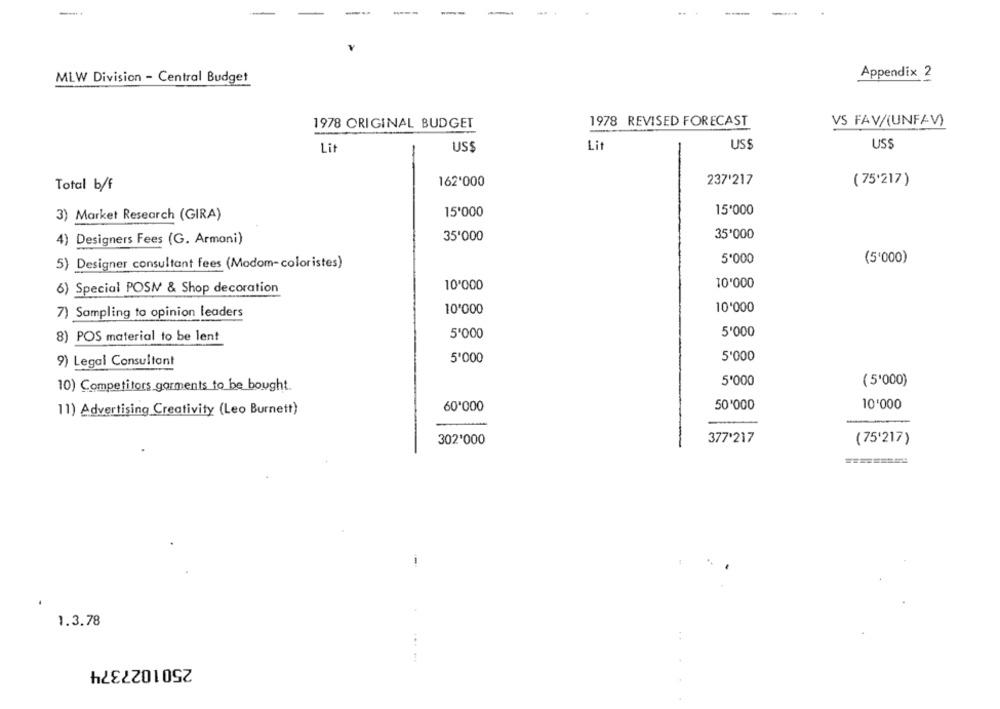
MLW Division - Central Budget
Appendix 2
1978 ORIGINAL BUDGET
1978 REVISED FORECAST
VS FAV/(UNFAV)
Lit
US$
Lit
US$
USS
162'000
237'217
( 75'217 )
Total b/f
15'000
15'000
3) Market Research (GIRA)
35'000
4) Designers Fees (G. Armani)
35'000
5'000
(5'000)
5) Designer consultant fees (Modom-coloristes)
10'000
6) Special POSM & Shop decoration
10'000
10'000
10'000
7) Sampling to opinion leaders
5'000
5'000
8) POS material to be lent
9) Legal Consultant
5'000
5'000
5'000
( 5'000)
10) Competitors garments to be bought.
11) Advertising Creativity (Leo Burnett)
60'000
50'000
10'000
377'217
302'000
(75'217)
==========
---
1.3.78
2501027374